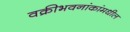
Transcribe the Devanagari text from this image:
वक्रीभवनांकांमधील